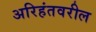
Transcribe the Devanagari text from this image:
अरिहंतवरील